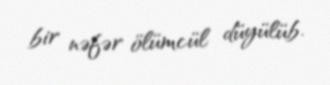
bir nəfər ölümcül düyülüb.